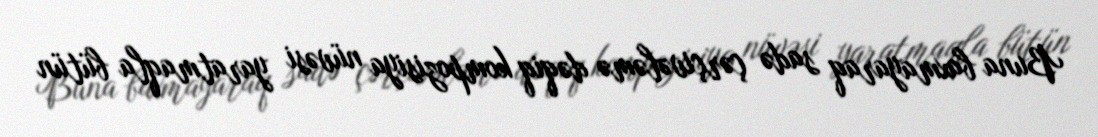
Buna baxmayaraq sadə çərçivələmə dəqiq kompozisiya nüvəsi yaratmaqla bütün